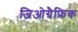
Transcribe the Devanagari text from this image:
जिओग्रैफ़िक